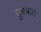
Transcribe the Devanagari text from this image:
सुरुबात